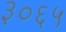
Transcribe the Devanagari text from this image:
३०६५